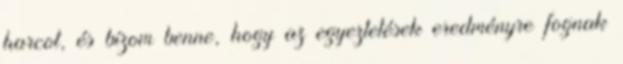
harcot, és bízom benne, hogy az egyeztetések eredményre fognak